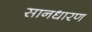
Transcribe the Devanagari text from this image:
सानधारण